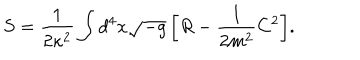
S = \frac { 1 } { 2 \kappa ^ { 2 } } \int { d ^ { 4 } x \sqrt { - g } \left[ R - \frac { 1 } { 2 m ^ { 2 } } C ^ { 2 } \right] } .